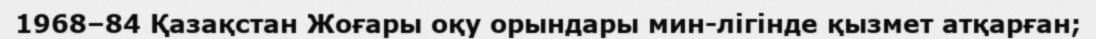
1968–84 Қазақстан Жоғары оқу орындары мин-лігінде қызмет атқарған;